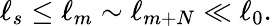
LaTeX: \ell_{s}\le\ell_{m}\sim\ell_{m+N}\ll\ell_{0}.